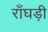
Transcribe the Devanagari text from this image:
राँघड़ी